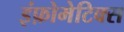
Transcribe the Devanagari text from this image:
इंफ़ोमेटिक्स